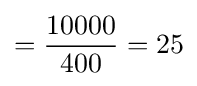
={\frac {10000}{400}}=25